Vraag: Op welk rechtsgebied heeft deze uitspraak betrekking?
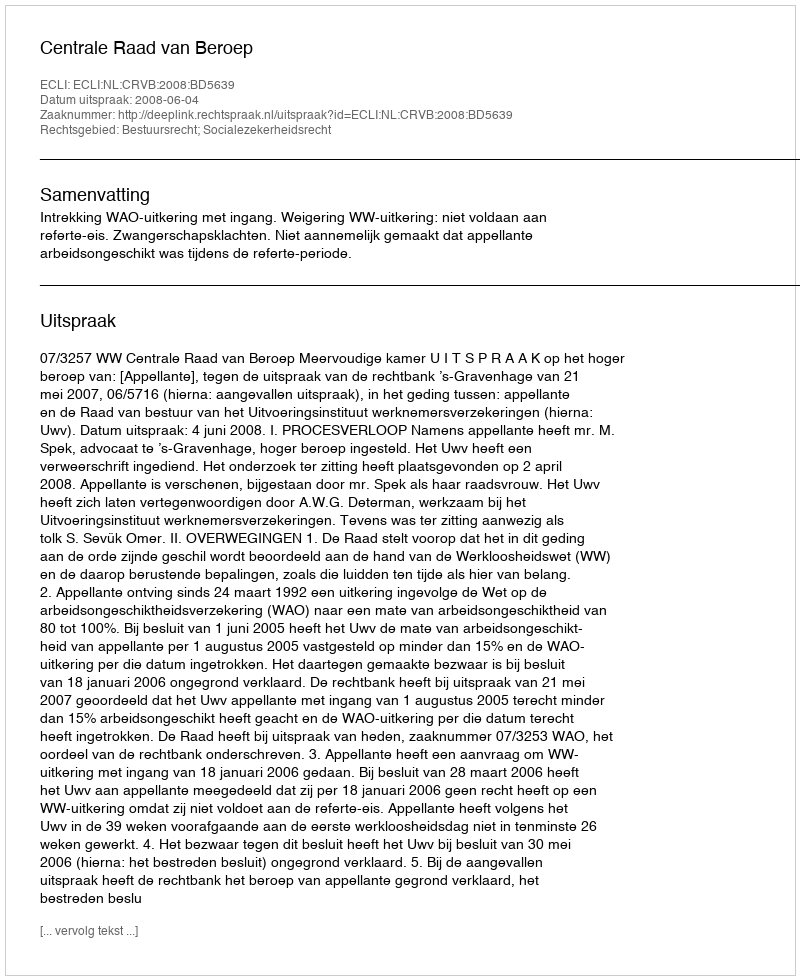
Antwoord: Bestuursrecht; Socialezekerheidsrecht